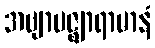
အဗျာပဇ္ဈာရာမာနံ